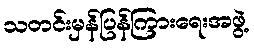
သတင်းမှန်ပြန်ကြားရေးအဖွဲ့